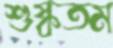
শুষ্কতম